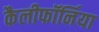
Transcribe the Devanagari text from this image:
कैलीफॉर्निया